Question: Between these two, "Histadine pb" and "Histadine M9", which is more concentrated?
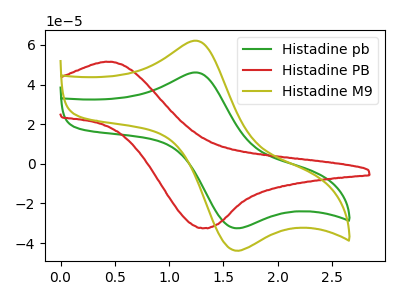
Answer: <think>The green curve "Histadine pb" has an anodic peak at (1.25V, 46.10uA) and a cathodic peak at (1.60V, -32.20uA). The red curve "Histadine PB" has an anodic peak at (0.50V, 51.40uA) and a cathodic peak at (1.35V, -32.45uA). The olive curve "Histadine M9" has an anodic peak at (1.25V, 62.15uA) and a cathodic peak at (1.60V, -43.40uA).
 All the peaks in "Histadine pb" have a peak in "Histadine M9" at the same potential. Every peak in "Histadine pb" is lower than every peak in "Histadine M9".</think>
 <answer>"Histadine pb" has less signal than "Histadine M9" and so likely has a lower concentration.</answer>
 <eval>less_concentration</eval>